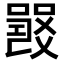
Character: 𤕦